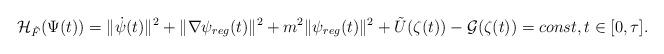
LaTeX: \begin{align*}{\cal H}_{\tilde F}(\Psi(t))=\Vert\dot\psi(t)\Vert^2+\Vert\nabla\psi_{reg}(t)\Vert^2+m^2\Vert\psi_{reg}(t)\Vert^2+\tilde U(\zeta(t))-{\cal G}(\zeta(t))=const,t\in [0,\tau].\end{align*}